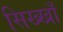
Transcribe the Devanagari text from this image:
सिख्खाँ